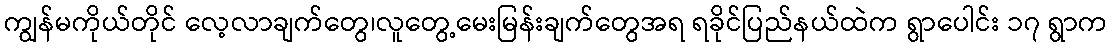
ကျွန်မကိုယ်တိုင် လေ့လာချက်တွေ၊လူတွေ့မေးမြန်းချက်တွေအရ ရခိုင်ပြည်နယ်ထဲက ရွာပေါင်း ၁၇ ရွာက